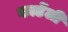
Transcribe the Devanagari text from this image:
कार्डेली